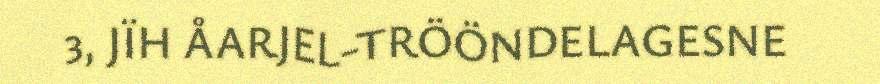
3, JÏH ÅARJEL-TRÖÖNDELAGESNE